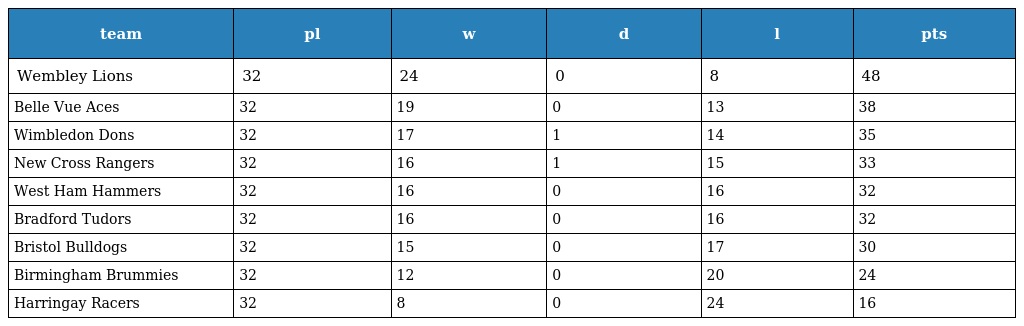
| team | pl | w | d | l | pts |
 | --- | --- | --- | --- | --- | --- |
 | Wembley Lions | 32 | 24 | 0 | 8 | 48 |
 | Belle Vue Aces | 32 | 19 | 0 | 13 | 38 |
 | Wimbledon Dons | 32 | 17 | 1 | 14 | 35 |
 | New Cross Rangers | 32 | 16 | 1 | 15 | 33 |
 | West Ham Hammers | 32 | 16 | 0 | 16 | 32 |
 | Bradford Tudors | 32 | 16 | 0 | 16 | 32 |
 | Bristol Bulldogs | 32 | 15 | 0 | 17 | 30 |
 | Birmingham Brummies | 32 | 12 | 0 | 20 | 24 |
 | Harringay Racers | 32 | 8 | 0 | 24 | 16 |